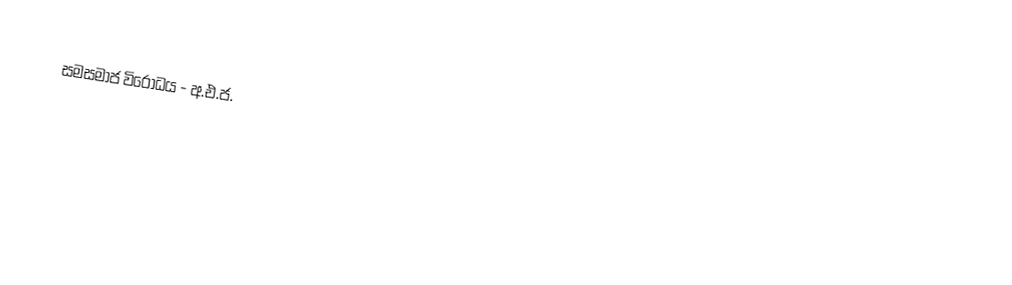
සමසමාජ විරෝධය - අ.එ.ජ.